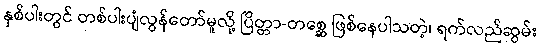
နှစ်ပါးတွင် တစ်ပါးပျံလွန်တော်မူလို့ ပြိတ္တာ-တစ္ဆေ ဖြစ်နေပါသတဲ့၊ ရက်လည်ဆွမ်း